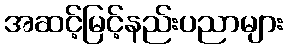
အဆင့်မြင့်နည်းပညာများ